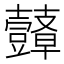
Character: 𮙙